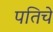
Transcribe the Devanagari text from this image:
पतिचे